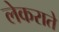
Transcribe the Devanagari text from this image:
लेकराते